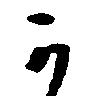
可